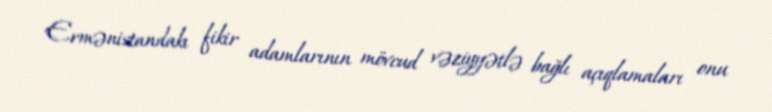
Ermənistandakı fikir adamlarının mövcud vəziyyətlə bağlı açıqlamaları onu